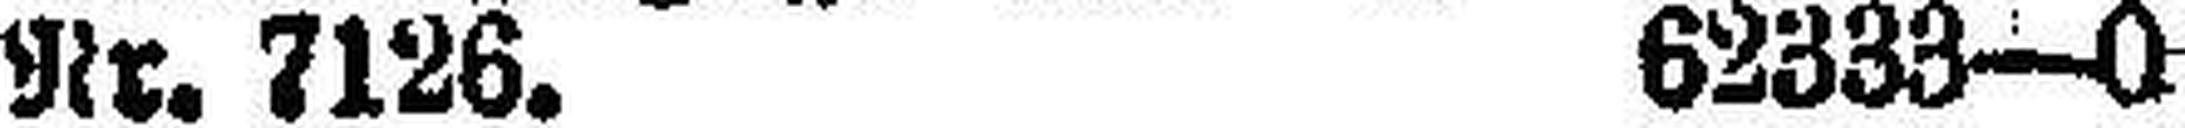
Nr. 7126. 62333—0